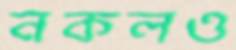
নকলও